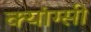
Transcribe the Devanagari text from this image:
क्यांग्सी